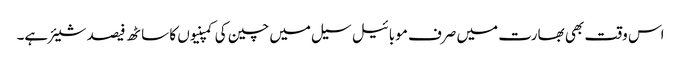
اس وقت بھی بھارت میں صرف موبائیل سیل میں چین کی کمپنیوں کا ساٹھ فیصد شیئر ہے۔